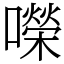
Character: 㘇